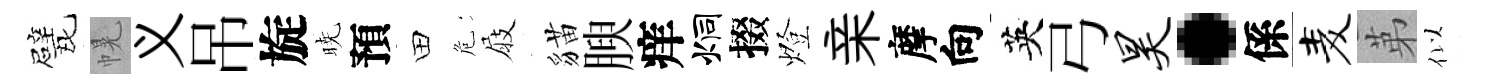
戏幌义吊旋暁預田危屐貓腴痒炯掇燈亲摩向英弓昊·係麦苐似